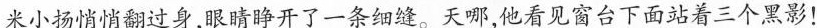
米小扬悄悄翻过身,眼睛睁开了一条细缝。天哪，他看见窗台下面站着三个黑影!